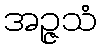
အဉ္ဇသံ